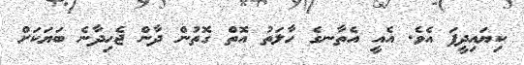
ކިޔައިދީފަ އެވެ. އެއީ އެތާނގެ ހާލަތު އޮތް ގޮތުން ދާން ޖެހިދާނެ ބަޔަކަށް